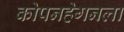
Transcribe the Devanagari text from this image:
कोपनहेगनला